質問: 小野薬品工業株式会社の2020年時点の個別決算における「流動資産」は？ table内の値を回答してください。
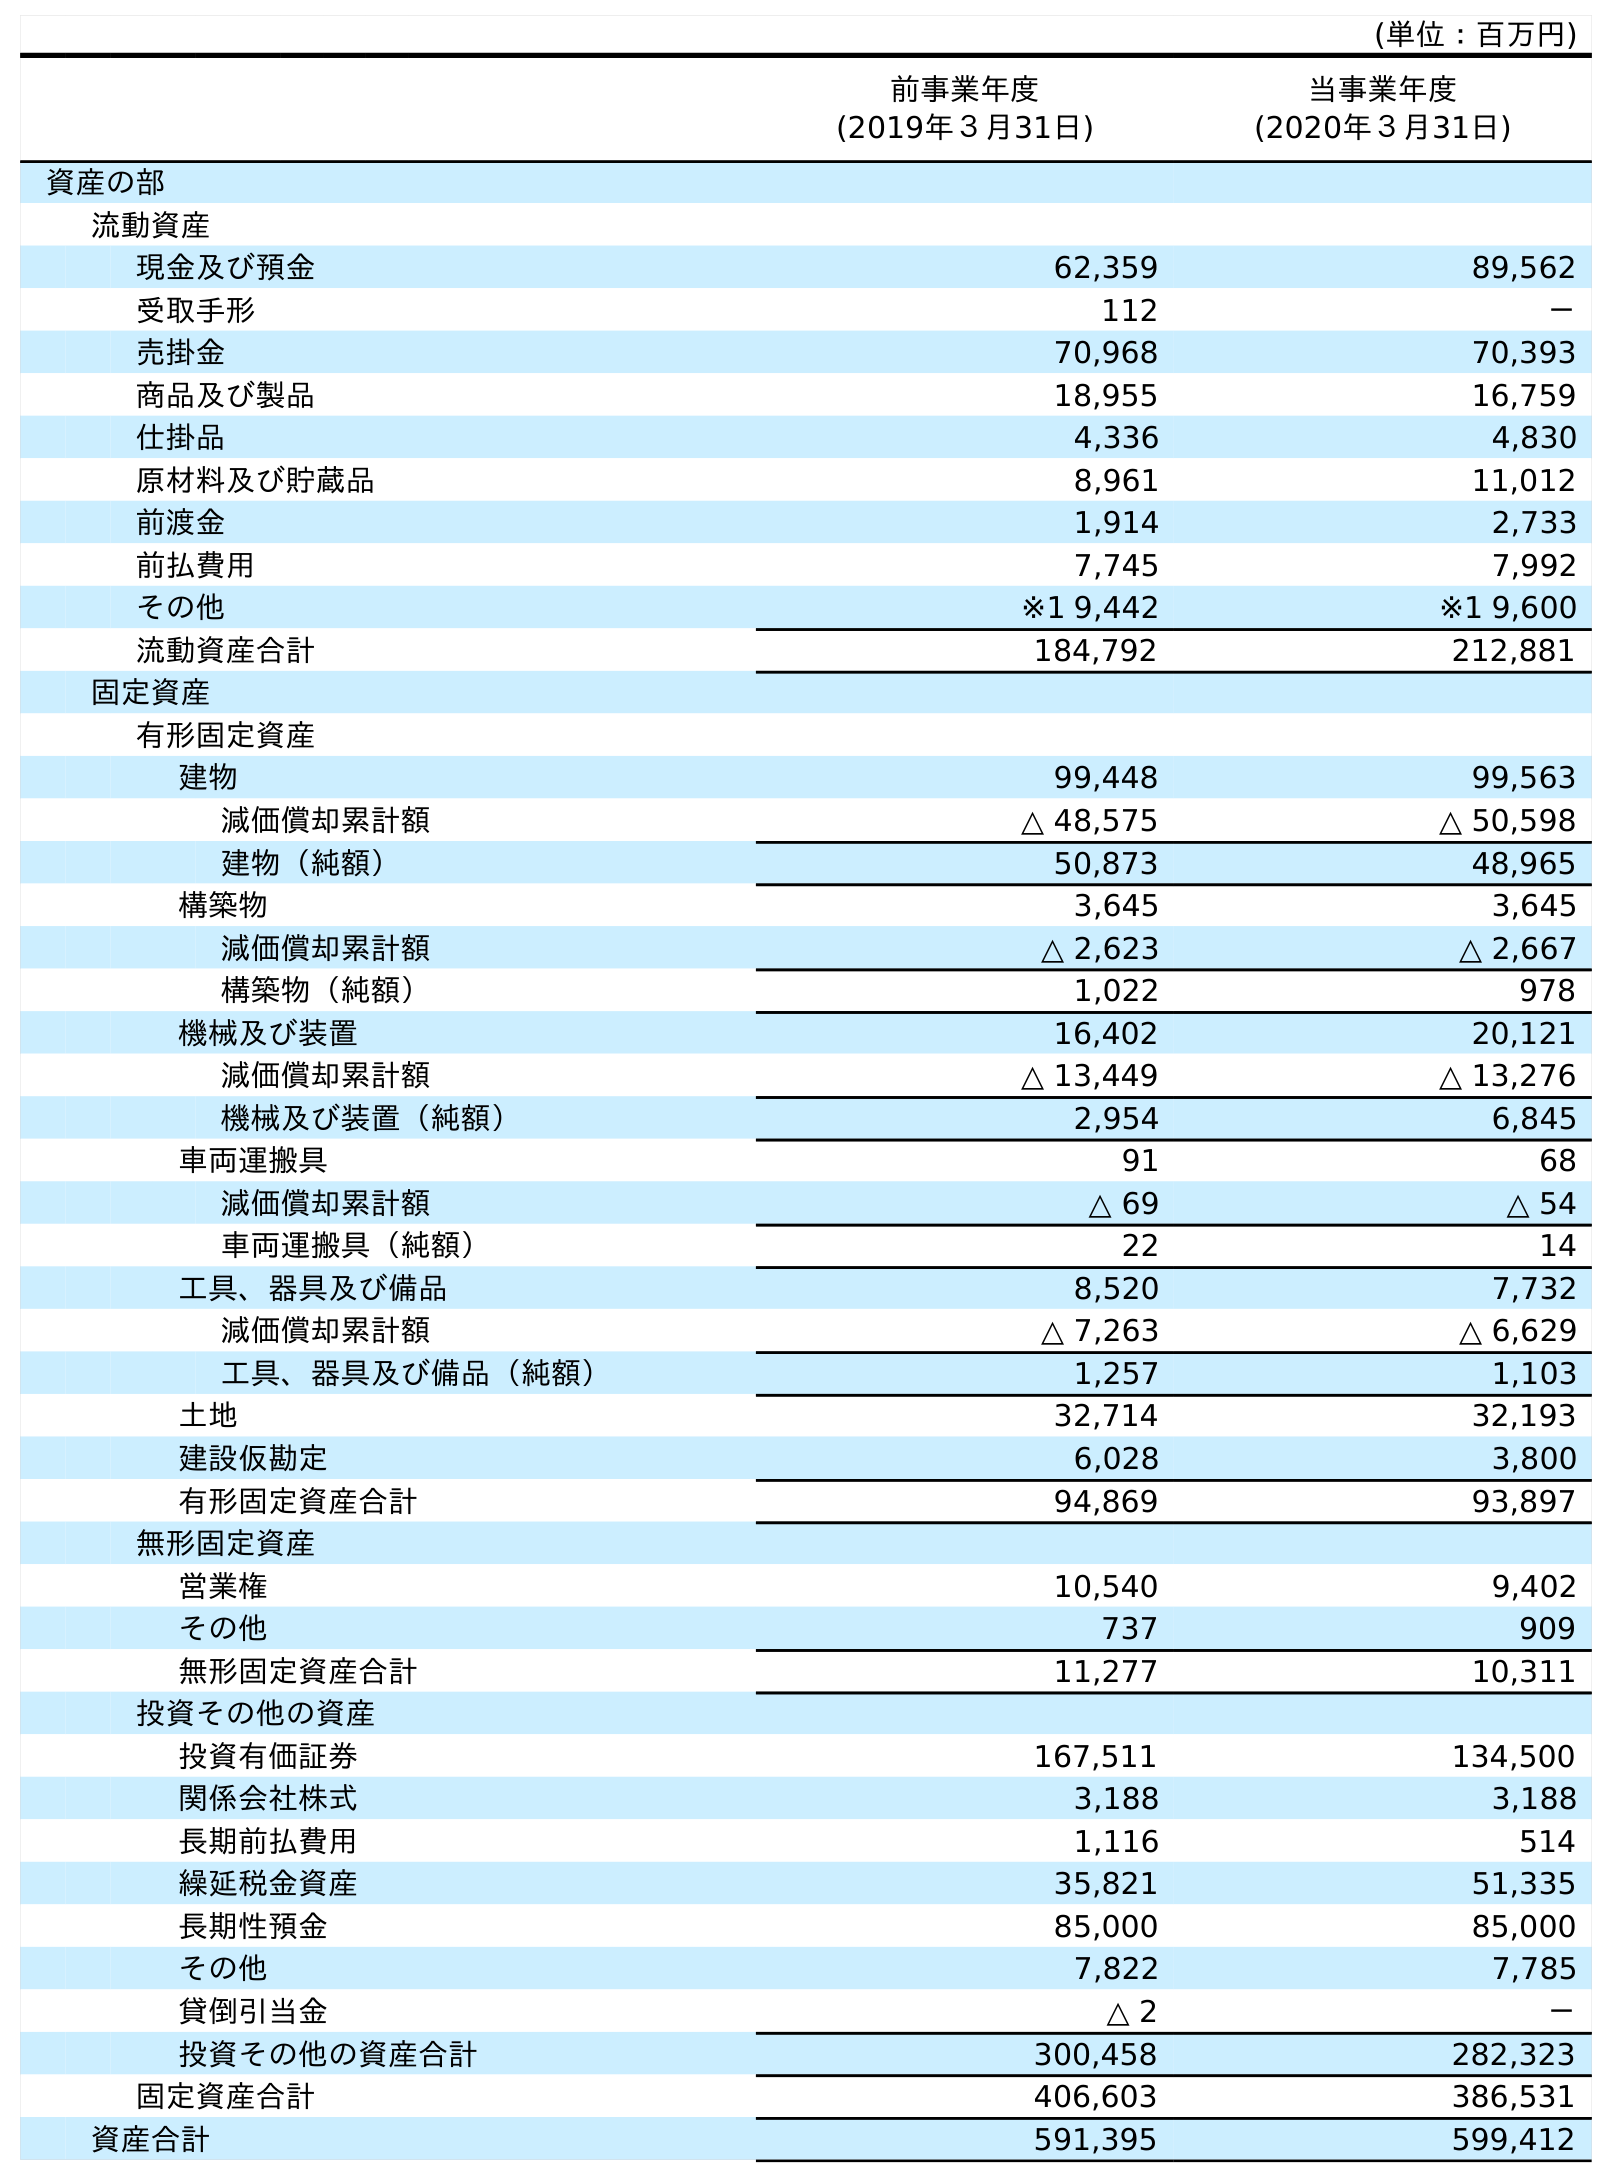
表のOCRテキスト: (単位：百万円) 前事業年度 (2019年３月31日) 当事業年度 (2020年３月31日) 資産の部 流動資産 現金及び預金 62,359 89,562 受取手形 112 － 売掛金 70,968 70,393 商品及び製品 18,955 16,759 仕掛品 4,336 4,830 原材料及び貯蔵品 8,961 11,012 前渡金 1,914 2,733 前払費用 7,745 7,992 その他 ※1 9,442 ※1 9,600 流動資産合計 184,792 212,881 固定資産 有形固定資産 建物 99,448 99,563 減価償却累計額 △ 48,575 △ 50,598 建物（純額） 50,873 48,965 構築物 3,645 3,645 減価償却累計額 △ 2,623 △ 2,667 構築物（純額） 1,022 978 機械及び装置 16,402 20,121 減価償却累計額 △ 13,449 △ 13,276 機械及び装置（純額） 2,954 6,845 車両運搬具 91 68 減価償却累計額 △ 69 △ 54 車両運搬具（純額） 22 14 工具、器具及び備品 8,520 7,732 減価償却累計額 △ 7,263 △ 6,629 工具、器具及び備品（純額） 1,257 1,103 土地 32,714 32,193 建設仮勘定 6,028 3,800 有形固定資産合計 94,869 93,897 無形固定資産 営業権 10,540 9,402 その他 737 909 無形固定資産合計 11,277 10,311 投資その他の資産 投資有価証券 167,511 134,500 関係会社株式 3,188 3,188 長期前払費用 1,116 514 繰延税金資産 35,821 51,335 長期性預金 85,000 85,000 その他 7,822 7,785 貸倒引当金 △ 2 － 投資その他の資産合計 300,458 282,323 固定資産合計 406,603 386,531 資産合計 591,395 599,412
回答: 212,881